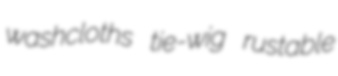
washcloths tie-wig rustable